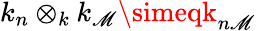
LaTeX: k_{n}\otimes_{k}k_{\mathscr{M}}\simeqk_{n\mathscr{M}}